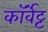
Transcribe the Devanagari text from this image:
कॉर्वेट्ट